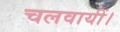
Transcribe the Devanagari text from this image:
चलवायीं।